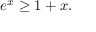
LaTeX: e ^ { x } \geq 1 + x .